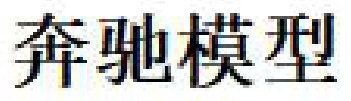
奔驰模型